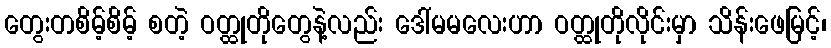
တွေးတစိမ့်စိမ့် စတဲ့ ဝတ္ထုတိုတွေနဲ့လည်း ဒေါ်မမလေးဟာ ဝတ္ထုတိုလိုင်းမှာ သိန်းဖေမြင့်၊